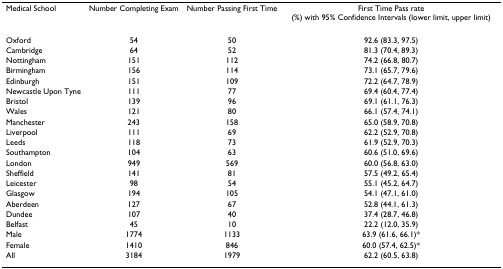
<table><thead><tr><td><b>Medical School</b></td><td><b>Number Completing Exam</b></td><td><b>Number Passing First Time</b></td><td><b>First Time Pass rate (%) with 95% Confidence Intervals (lower limit, upper limit)</b></td></tr></thead><tbody><tr><td>Oxford</td><td>54</td><td>50</td><td>92.6 (83.3, 97.5)</td></tr><tr><td>Cambridge</td><td>64</td><td>52</td><td>81.3 (70.4, 89.3)</td></tr><tr><td>Nottingham</td><td>151</td><td>112</td><td>74.2 (66.8, 80.7)</td></tr><tr><td>Birmingham</td><td>156</td><td>114</td><td>73.1 (65.7, 79.6)</td></tr><tr><td>Edinburgh</td><td>151</td><td>109</td><td>72.2 (64.7, 78.9)</td></tr><tr><td>Newcastle Upon Tyne</td><td>111</td><td>77</td><td>69.4 (60.4, 77.4)</td></tr><tr><td>Bristol</td><td>139</td><td>96</td><td>69.1 (61.1, 76.3)</td></tr><tr><td>Wales</td><td>121</td><td>80</td><td>66.1 (57.4, 74.1)</td></tr><tr><td>Manchester</td><td>243</td><td>158</td><td>65.0 (58.9, 70.8)</td></tr><tr><td>Liverpool</td><td>111</td><td>69</td><td>62.2 (52.9, 70.8)</td></tr><tr><td>Leeds</td><td>118</td><td>73</td><td>61.9 (52.9, 70.3)</td></tr><tr><td>Southampton</td><td>104</td><td>63</td><td>60.6 (51.0, 69.6)</td></tr><tr><td>London</td><td>949</td><td>569</td><td>60.0 (56.8, 63.0)</td></tr><tr><td>Sheffield</td><td>141</td><td>81</td><td>57.5 (49.2, 65.4)</td></tr><tr><td>Leicester</td><td>98</td><td>54</td><td>55.1 (45.2, 64.7)</td></tr><tr><td>Glasgow</td><td>194</td><td>105</td><td>54.1 (47.1, 61.0)</td></tr><tr><td>Aberdeen</td><td>127</td><td>67</td><td>52.8 (44.1, 61.3)</td></tr><tr><td>Dundee</td><td>107</td><td>40</td><td>37.4 (28.7, 46.8)</td></tr><tr><td>Belfast</td><td>45</td><td>10</td><td>22.2 (12.0, 35.9)</td></tr><tr><td>Male</td><td>1774</td><td>1133</td><td>63.9 (61.6, 66.1)*</td></tr><tr><td>Female</td><td>1410</td><td>846</td><td>60.0 (57.4, 62.5)*</td></tr><tr><td>All</td><td>3184</td><td>1979</td><td>62.2 (60.5, 63.8)</td></tr></tbody></table>